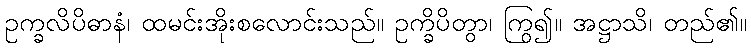
ဥက္ခလိပိဓာနံ၊ ထမင်းအိုးစလောင်းသည်။ ဥက္ခိပိတွာ၊ ကြွ၍။ အဋ္ဌာသိ၊ တည်၏။